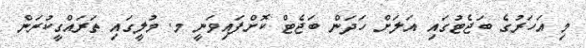
މި އަހަރުގެ ބަޖެޓުގައި އަލަށް ހަދަން ބަޖެޓް ކޮށްފައިވަނީ މ. މުލީގައި ތަރައްގީކުރަން